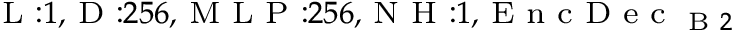
_ { \textrm { L } : 1 , \textrm { D } : 2 5 6 , \textrm { M L P } : 2 5 6 , \textrm { N H } : 1 , \textrm { E n c D e c } _ { \textrm { B } 2 } }